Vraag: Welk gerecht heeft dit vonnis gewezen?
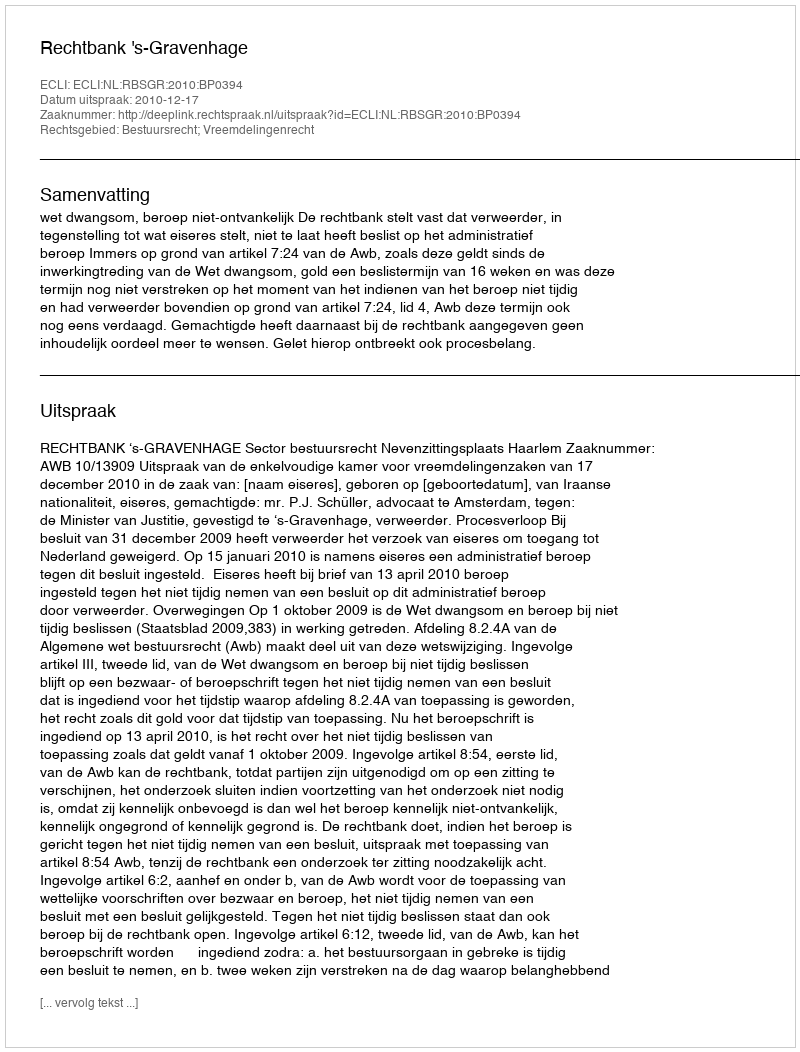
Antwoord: Rechtbank 's-Gravenhage